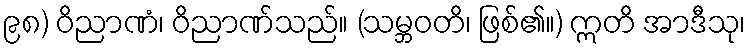
၉၈) ဝိညာဏံ၊ ဝိညာဏ်သည်။ (သမ္ဘဝတိ၊ ဖြစ်၏။) ဣတိ အာဒီသု၊